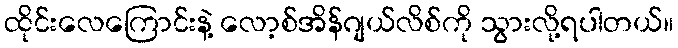
ထိုင်းလေကြောင်းနဲ့ လော့စ်အိန်ဂျယ်လိစ်ကို သွားလို့ရပါတယ်။